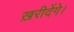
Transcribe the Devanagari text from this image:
ख़रीदेंगे।